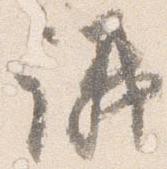
議